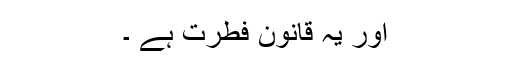
اور یہ قانون فطرت ہے ۔